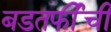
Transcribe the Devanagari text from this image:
बडतर्फीची